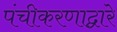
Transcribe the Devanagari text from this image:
पंचीकरणाद्वारे